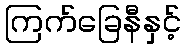
ကြက်ခြေနီနှင့်